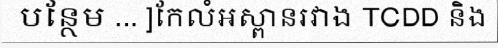
បន្ថែម ... ]កែលំអស្ពានរវាង TCDD និង